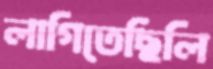
লাগিতেছিলি